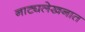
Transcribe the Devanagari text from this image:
नाट्यलेखनात